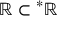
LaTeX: \mathbb { R } \subset { } ^ { * } \mathbb { R }